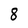
Character: 8